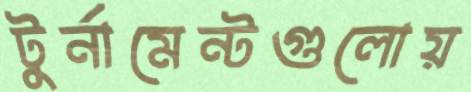
টুর্নামেন্টগুলোয়